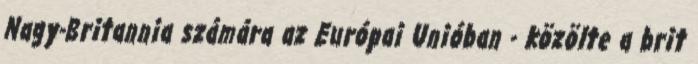
Nagy-Britannia számára az Európai Unióban - közölte a brit